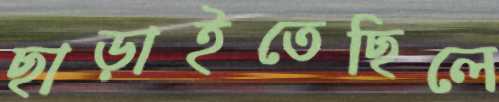
ছাড়াইতেছিলে